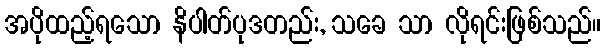
အပိုထည့်ရသော နိပါတ်ပုဒတည်း, သခေ သာ လိုရင်းဖြစ်သည်။